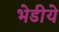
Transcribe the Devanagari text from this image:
भेडीये